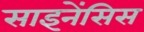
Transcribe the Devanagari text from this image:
साइनेंसिस